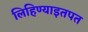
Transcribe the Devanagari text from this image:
लिहिण्याइतपत